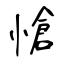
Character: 愴